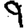
Digit: 9